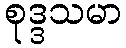
စုဒ္ဒသမာ